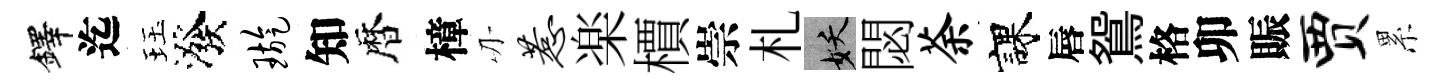
鐸迄珏潑璇知暦樟刃惹楽檟崇札妖閟荼課唇鴛格卯賑贾累